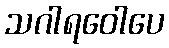
သဂါရဝေါပေ